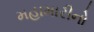
મહામારીનો